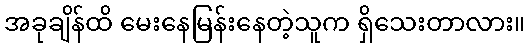
အခုချိန်ထိ မေးနေမြန်းနေတဲ့သူက ရှိသေးတာလား။